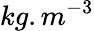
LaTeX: kg.m^{-3}